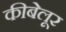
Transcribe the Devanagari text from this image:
कीबेलूर